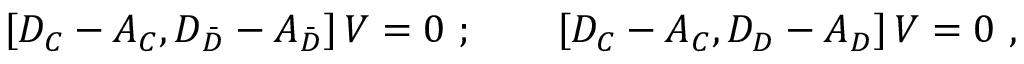
\left[ { \cal D } _ { C } - { \cal A } _ { C } , { \cal D } _ { \bar { D } } - { \cal A } _ { \bar { D } } \right] { \cal V } = 0 \ ; \qquad \left[ { \cal D } _ { C } - { \cal A } _ { C } , { \cal D } _ { D } - { \cal A } _ { D } \right] { \cal V } = 0 \ ,